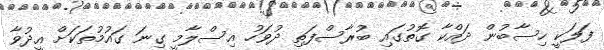
ފަލަކީ ހިސާބުން ދައްކާ ގޮތުގައި ބުރާސްފަތި ދުވަހު އިސްލާމީ ގިނަ ގައުމުތަކަށް އީދުވާ